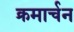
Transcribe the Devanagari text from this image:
क्रमार्चन